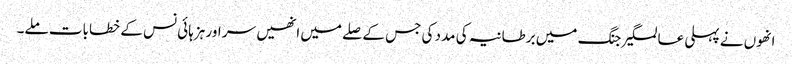
انھوں نے پہلی عالمگیر جنگ میں برطانیہ کی مدد کی جس کے صلے میں انھیں سر اور ہزہائی نس کے خطابات ملے۔